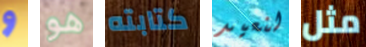
و هو كتابته لنعيد مثل